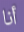
أنا